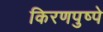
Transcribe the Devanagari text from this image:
किरणपुष्पे